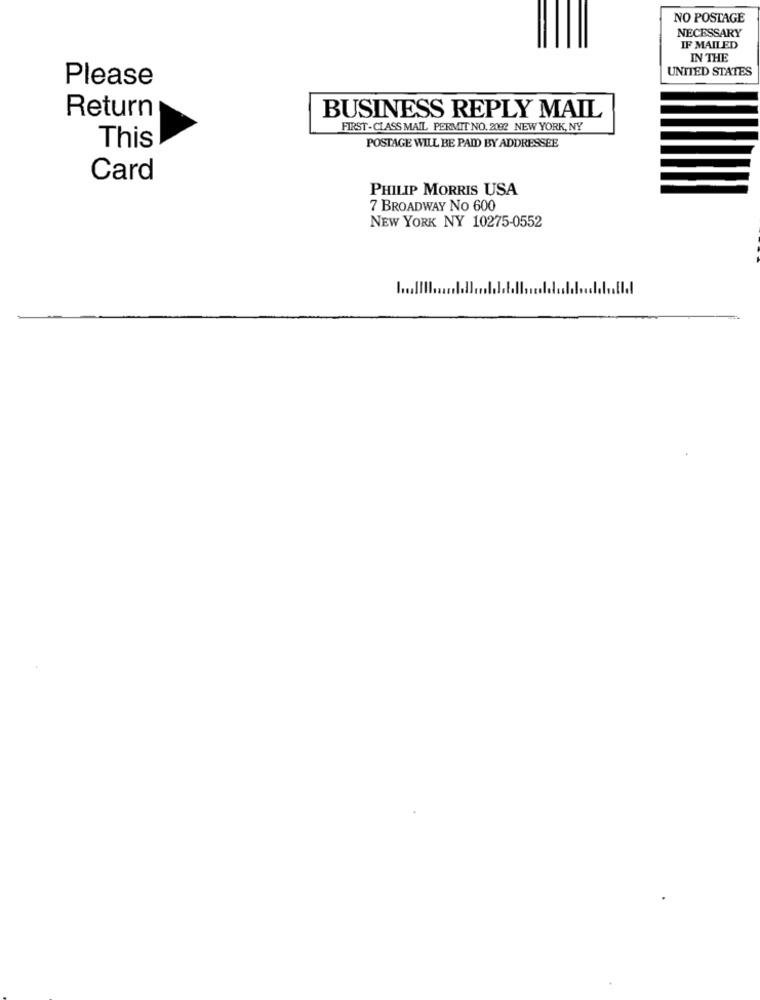
NO POSTAGE
NECESSARY
IF MAILED
IN THE
UNITED STATES
Please
BUSINESS REPLY MAIL
Return
FIRST-CLASS MAIL PERMIT NO. 2092 NEW YORK, NY
POSTAGE WILL BE PAID BY ADDRESSEE
This
Card
PHILIP MORRIS USA
7 BROADWAY NO 600
NEW YORK NY 10275-0552
El.I